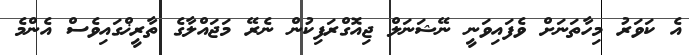
އެ ކަވަރު މިހާތަނަށް ވެފައިވަނީ ނޭޝަނަލް ޖިއޮގްރަފިކުން ނެރޭ މަޖައްލާގެ ތާރީޚްގައިވެސް އެންމެ